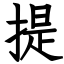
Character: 提